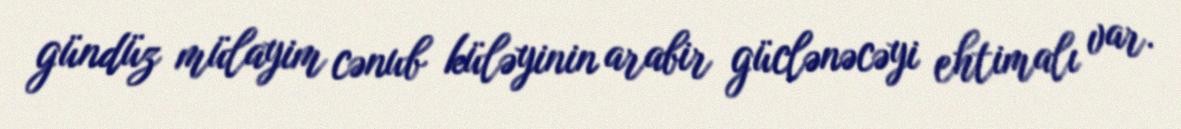
gündüz mülayim cənub küləyinin arabir güclənəcəyi ehtimalı var.